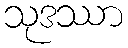
သုဒဿာ